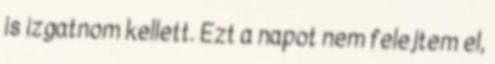
is izgatnom kellett. Ezt a napot nem felejtem el,